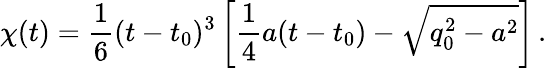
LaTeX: \chi(t)={\frac{1}{6}}(t-t_{0})^{3}\left[{\frac{1}{4}}a(t-t_{0})-\sqrt{q_{0}^{2}-a^{2}}\right]\, .